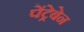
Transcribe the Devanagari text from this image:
पेंट्रेबेन